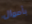
بأموال